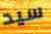
سيد